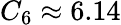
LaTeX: C_{6}\approx 6.14